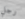
رجل